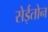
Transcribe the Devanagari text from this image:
सेईतोन